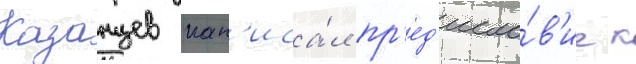
Казанцев нап'иса́л пр'ед'исло́в'ие к